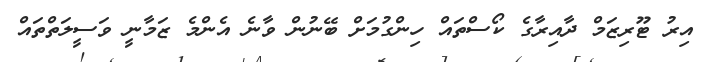
އިރު ޓޫރިޒަމް ދާއިރާގެ ކޯސްތައް ހިންގުމަށް ބޭނުން ވާނެ އެންމެ ޒަމާނީ ވަސީލަތްތައް